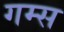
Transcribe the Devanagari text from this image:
गम्स